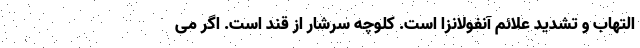
التهاب و تشدید علائم آنفولانزا است. کلوچه سرشار از قند است. اگر می